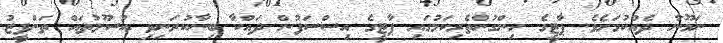
ނަމޫނާ ދެއްކުމަށެވެ. ޕާޓީގެ ހިންގުންތެރިކަމުގައި ޕާޓީގެ އިސްސަފުން ދައްކާ ބިނާކުރަނިވި އުސޫލުތައް ތަންފީޒު